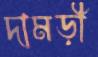
দামড়ী